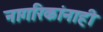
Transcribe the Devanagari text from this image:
नागरिकांनाही